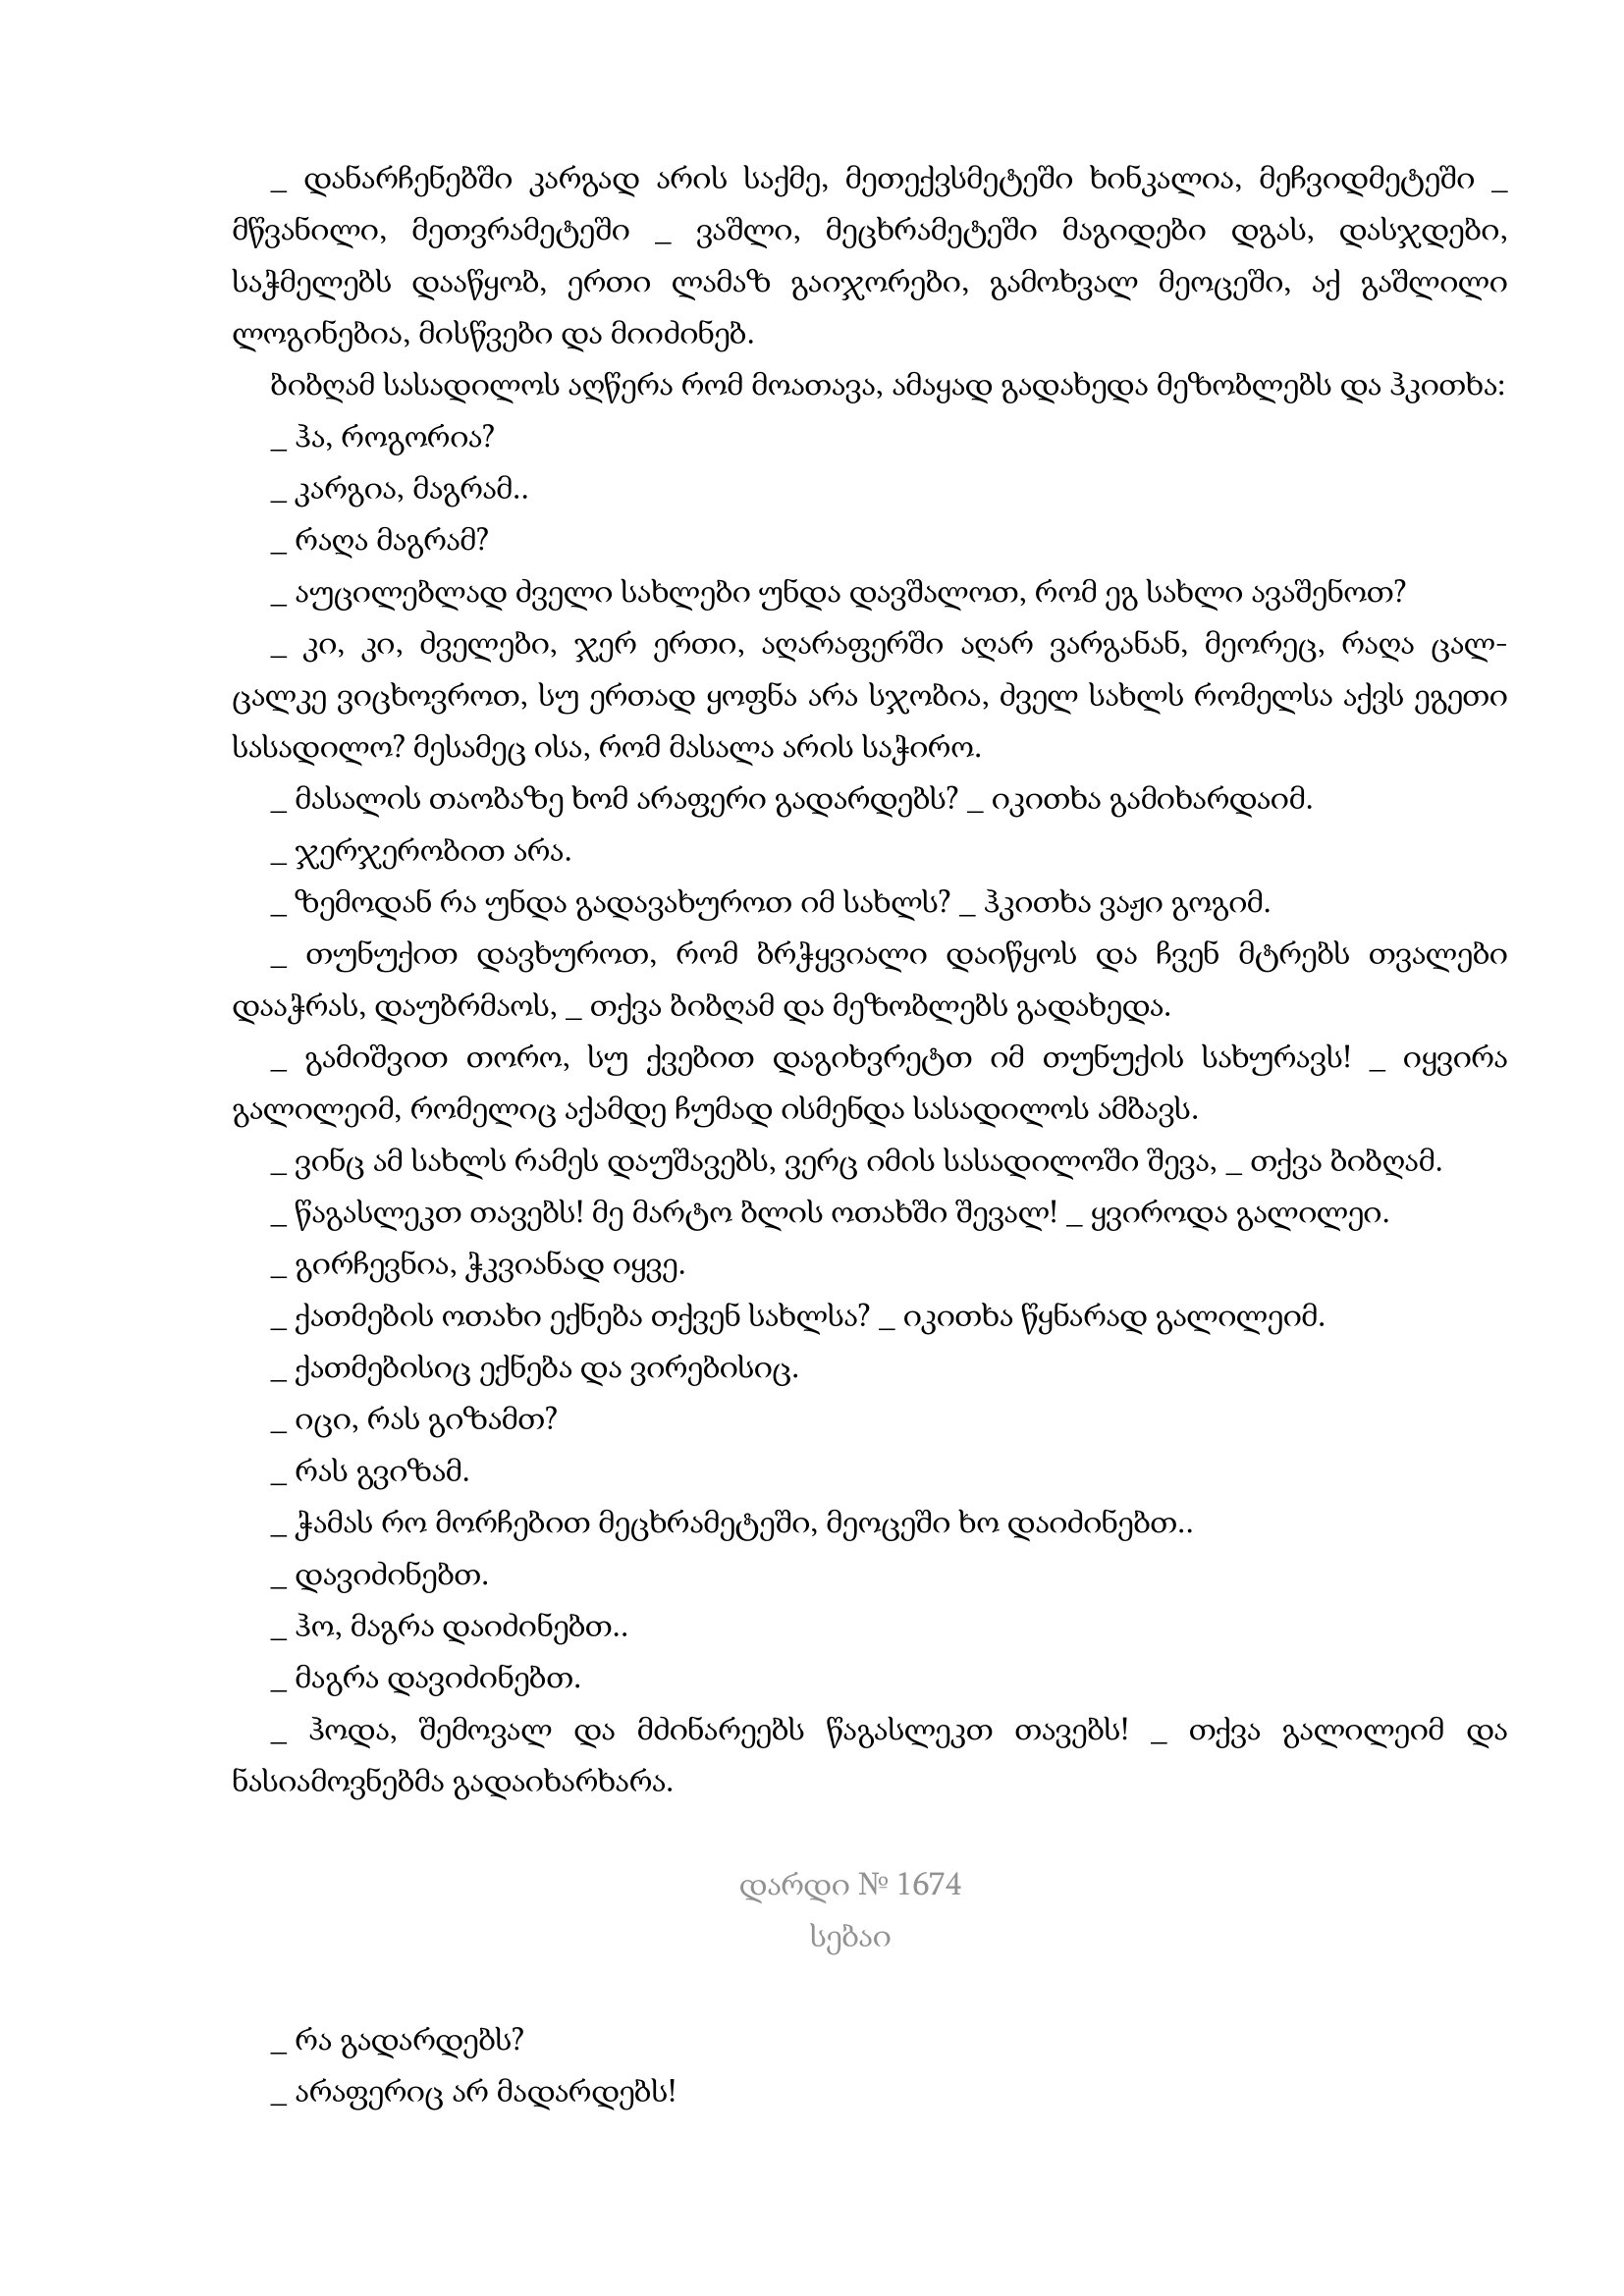
Language: gr